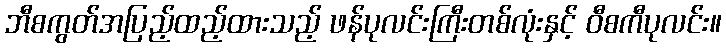
ဘီစကွတ်အပြည့်ထည့်ထားသည့် ဖန်ပုလင်းကြီးတစ်လုံးနှင့် ဝီစကီပုလင်း။